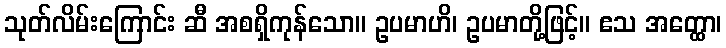
သုတ်လိမ်းကြောင်း ဆီ အစရှိကုန်သော။ ဥပမာဟိ၊ ဥပမာတို့ဖြင့်။ ဧသ အတ္ထော၊